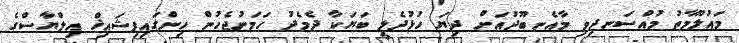
މައުލޫމާތު މުއްސަނދިވި މާއެނބޫދުއަށް ދިޔަ ހުޅުދެލީ ބަޔަކާ ދެމެދު ހަމަނުޖެހުން ހިންގައިފިޝައިޚް އިލްޔާސްގެ